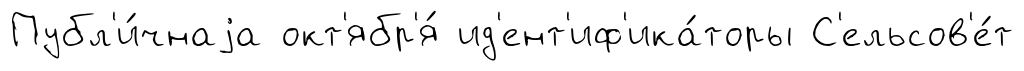
Публ'и́чнаjа окт'ябр'я́ ид'ент'иф'ика́торы С'ельсов'е́т